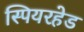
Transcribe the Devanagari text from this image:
स्पियरहेड